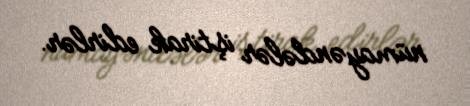
nümayəndələr iştirak edirlər.